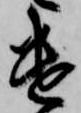
遣